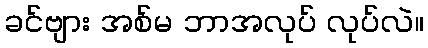
ခင်ဗျား အစ်မ ဘာအလုပ် လုပ်လဲ။